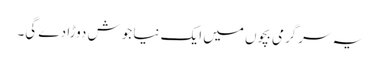
یہ سرگرمی بچوں میں ایک نیا جوش دوڑا دے گی۔